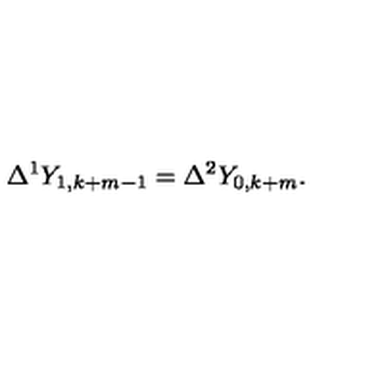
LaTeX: \Delta ^ { 1 } Y _ { 1 , k + m - 1 } = \Delta ^ { 2 } Y _ { 0 , k + m } .